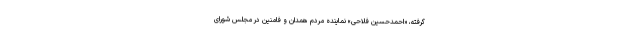
گرفته، «احمدحسین فلاحی» نماینده مردم همدان و فامنین در مجلس شورای